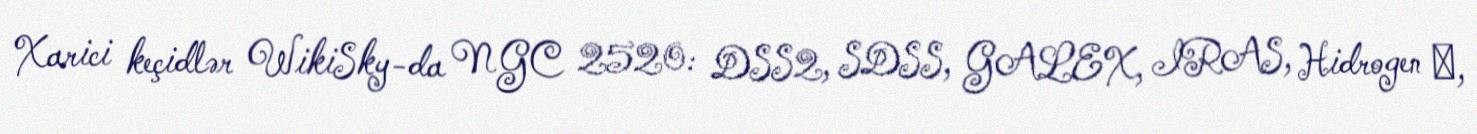
Xarici keçidlər WikiSky-da NGC 2520: DSS2, SDSS, GALEX, IRAS, Hidrogen α,